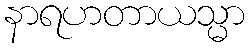
နာရဟတာယသ္မာ